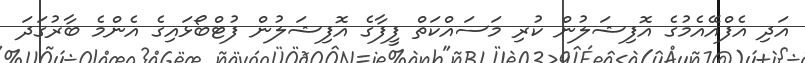
އަދި އެފްއޭއެމުގެ އޮފިޝަލުން ކުރި މަސައްކަތް ފީފާގެ އޮފިޝަލުން ފުޓްބޯޅައިގެ އެންމެ ބާރުގަދަ